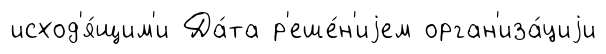
исход'я́щим'и Да́та р'еше́н'иjем орган'иза́циjи